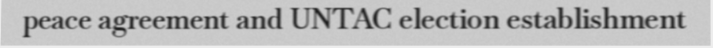
peace agreement and UNTAC election establishment